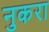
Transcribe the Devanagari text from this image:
नुकरा